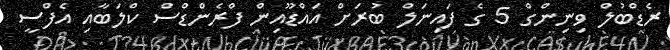
ރެޑްބުލް ވިނިންގް 5 ގެ ފައިނަލް ބުރަށް އައްޑޫއިން ފްރެންޑްސް ކްލަބާއި އެފްސީ